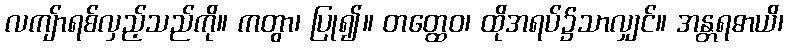
လကျ်ာရစ်လှည့်သည်ကို။ ကတွာ၊ ပြု၍။ တတ္ထေဝ၊ ထိုအရပ်၌သာလျှင်။ အန္တရဓာယိ၊